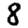
Digit: 8